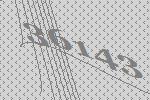
36143